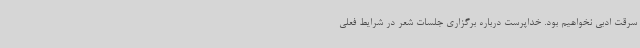
سرقت ادبی نخواهیم بود. خداپرست درباره برگزاری جلسات شعر در شرایط فعلی